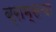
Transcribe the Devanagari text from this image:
ब्राम्सचा